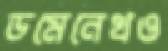
ডমেনেখও